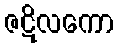
ဇဋိလကော